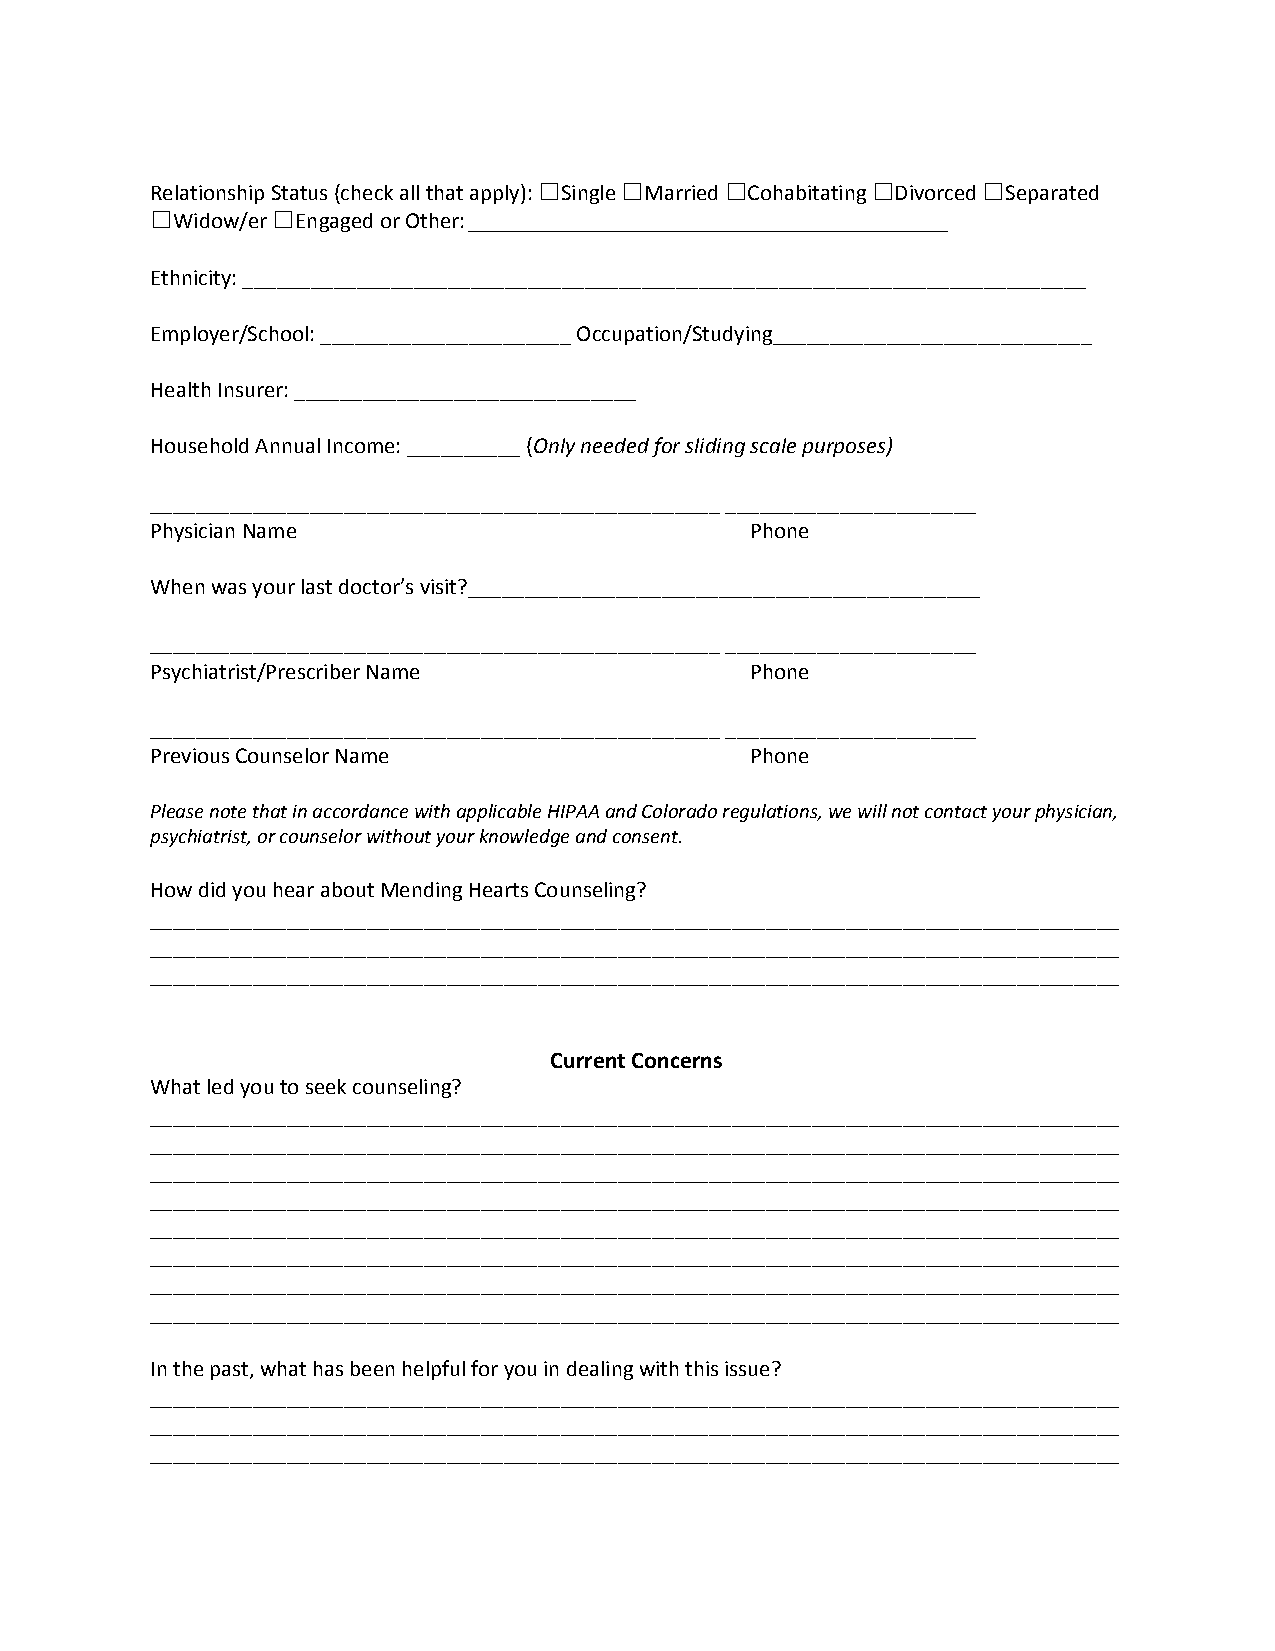
Relationship Status (check all that apply): ☐​Single ☐​Married ☐​Cohabitating ☐​Divorced ☐​Separated
 ​    ​      ​         ​      ​
 ☐​Widow/er ☐​Engaged or Other: __________________________________________
 ​            ​
 Ethnicity: __________________________________________________________________________
 Employer/School: ______________________ Occupation/Studying____________________________
 Health Insurer: ______________________________
 Household Annual Income: __________ (Only needed for sliding scale purposes)
 ​
 __________________________________________________ ______________________
 Physician Name                          Phone
 When was your last doctor’s visit?_____________________________________________
 __________________________________________________ ______________________
 Psychiatrist/Prescriber Name            Phone
 __________________________________________________ ______________________
 Previous Counselor Name                 Phone
 Please note that in accordance with applicable HIPAA and Colorado regulations, we will not contact your physician,
 psychiatrist, or counselor without your knowledge and consent.
 How did you hear about Mending Hearts Counseling?
 _____________________________________________________________________________________
 _____________________________________________________________________________________
 _____________________________________________________________________________________
 Current Concerns
 What led you to seek counseling?
 _____________________________________________________________________________________
 _____________________________________________________________________________________
 _____________________________________________________________________________________
 _____________________________________________________________________________________
 _____________________________________________________________________________________
 _____________________________________________________________________________________
 _____________________________________________________________________________________
 _____________________________________________________________________________________
 In the past, what has been helpful for you in dealing with this issue?
 _____________________________________________________________________________________
 _____________________________________________________________________________________
 _____________________________________________________________________________________